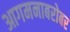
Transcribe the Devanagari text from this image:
आगमनाबरोबर